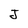
Character: J